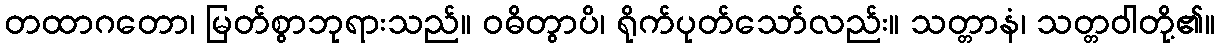
တထာဂတော၊ မြတ်စွာဘုရားသည်။ ဝဓိတွာပိ၊ ရိုက်ပုတ်သော်လည်း။ သတ္တာနံ၊ သတ္တဝါတို့၏။